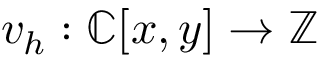
v _ { h } : \mathbb { C } [ x , y ] \to \mathbb { Z }